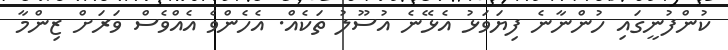
ކުންފުނީގައި ހުންނާނެ ފިޔަވަޅު އެޅޭނެ އުސޫލު ތަކެއް. އެހެންވެ އެއްވެސް ވަރަށް ޒިންމާ